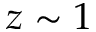
z \sim 1